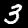
Label: 3